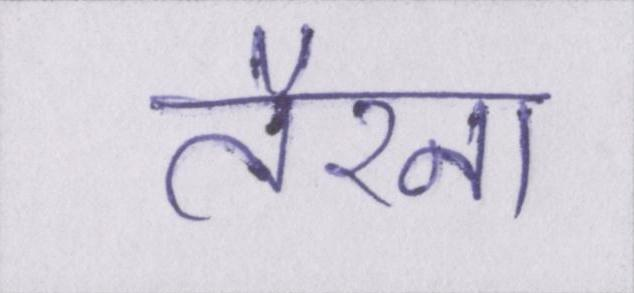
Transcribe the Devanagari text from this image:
तैरना